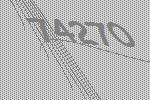
74270